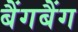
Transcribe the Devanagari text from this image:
बैंगबैंग